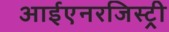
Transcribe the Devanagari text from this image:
आईएनरजिस्ट्री